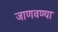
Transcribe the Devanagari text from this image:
जाणवण्या